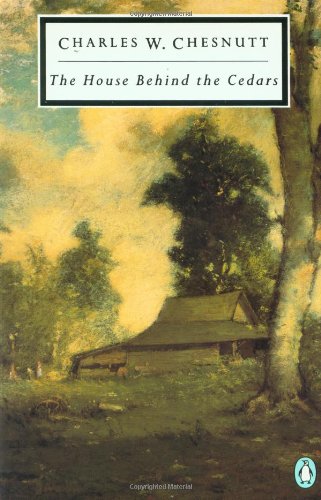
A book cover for The House Behind the Cedars (Penguin Twentieth-Century Classics); Charles W. Chesnutt; Literature & Fiction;